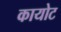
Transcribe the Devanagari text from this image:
कायोट